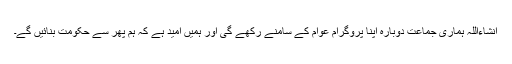
انشاءاللہ ہماری جماعت دوبارہ اپنا پروگرام عوام کے سامنے رکھے گی اور ہمیں امید ہے کہ ہم پھر سے حکومت بنائیں گے۔